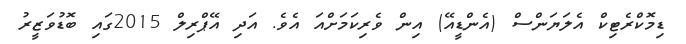
ޑިމޮކްރެޓިކް އެލަޔަންސް (އެންޑީއޭ) އިން ވެރިކަމަށްއަ އެވެ. އަދި އޭޕްރިލް 2015ގައި ބޮޑުވަޒީރު